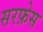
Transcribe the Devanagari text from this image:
सरफ़ेस